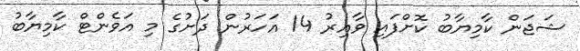
ޝަޖަން ކާމިޔާބު ކޮށްފައި ވާއިރު 14 އަހަރުން ދަށުގެ މި އަވެންޓް ކާމިޔާބު